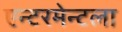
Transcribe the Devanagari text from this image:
एन्टरमेन्टला